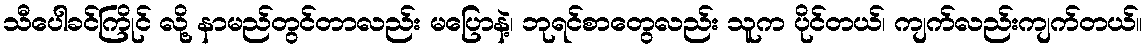
သီပေါခင်ကြိုင် လို့ နာမည်တွင်တာလည်း မပြောနဲ့၊ ဘုရင်စာတွေလည်း သူက ပိုင်တယ်၊ ကျက်လည်းကျက်တယ်။